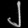
Digit: ၂